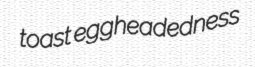
toast eggheadedness